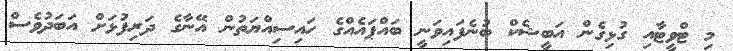
މި ޓްވީޓާއި ގުޅިގެން އަބީޝެކް ބުނެފައިވަނީ ބައްޕައެއްގެ ހައިސިއްޔަތުން އޭނާގެ ދަރިފުޅަށް އަބަދުވެސް